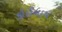
કોઈનાય